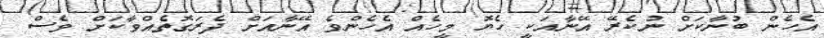
އެހެން ބުނާކަށް ނުކެރޭ އޭނާއަކީ ހެޔޮ މީހެއް އެހެންވެ އޭނާއަށް ދެރަގޮތެއްވާކަށް ވެސް